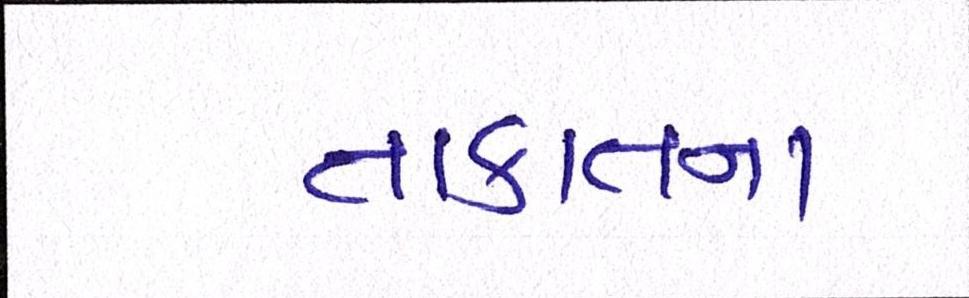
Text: તાકાતના